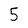
Character: 5